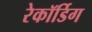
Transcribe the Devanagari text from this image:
रेकॉर्डिग